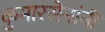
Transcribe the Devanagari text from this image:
कुमारसेनांनी